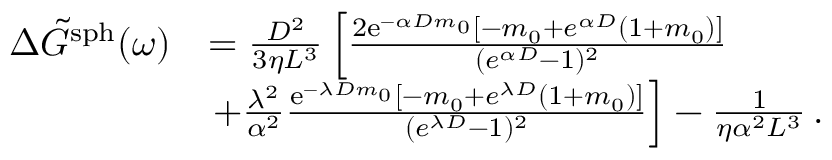
\begin{array} { r l } { \Delta \Tilde { G } ^ { \mathrm { s p h } } ( \omega ) } & { = \frac { D ^ { 2 } } { 3 \eta L ^ { 3 } } \left[ \frac { 2 \mathrm { e } ^ { - \alpha D m _ { 0 } } [ - m _ { 0 } + e ^ { \alpha D } ( 1 + m _ { 0 } ) ] } { ( { e } ^ { \alpha D } - 1 ) ^ { 2 } } \right. } \\ & { \left. + \frac { \lambda ^ { 2 } } { \alpha ^ { 2 } } \frac { \mathrm { e } ^ { - \lambda D m _ { 0 } } [ - m _ { 0 } + e ^ { \lambda D } ( 1 + m _ { 0 } ) ] } { ( { e } ^ { \lambda D } - 1 ) ^ { 2 } } \right] - \frac { 1 } { \eta \alpha ^ { 2 } L ^ { 3 } } \, . } \end{array}